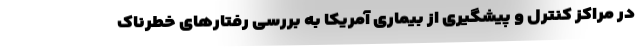
در مراکز کنترل و پیشگیری از بیماری آمریکا به بررسی رفتارهای خطرناک